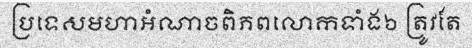
ប្រទេសមហាអំណាចពិភពលោកទាំង៦ ត្រូវតែ